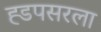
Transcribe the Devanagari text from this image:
ह्डपसरला